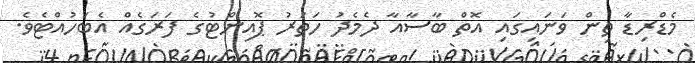
މެޑްރިޑާ ތިން ވަނައިގައި އޮތް ބާސާއާ ދެމެދު ހަތަރު ޕޮއިންޓުގެ ފަރަގެއް އެބަހުއްޓެވެ.